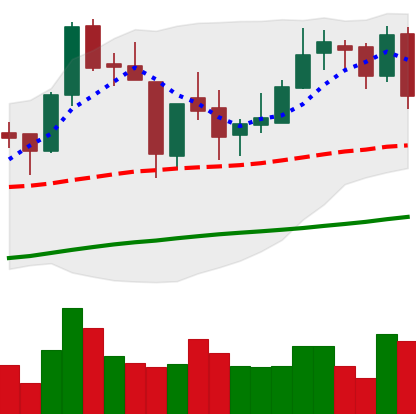
Ticker: BNB-USD
Chart end date: 2018-06-22
Forward return: -9.9%
Label: down_7plus